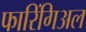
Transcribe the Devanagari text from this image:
फारिंगिअल